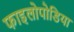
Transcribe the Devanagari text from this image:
फाइलोपोडिया